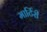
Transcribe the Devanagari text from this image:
मार्टिरी